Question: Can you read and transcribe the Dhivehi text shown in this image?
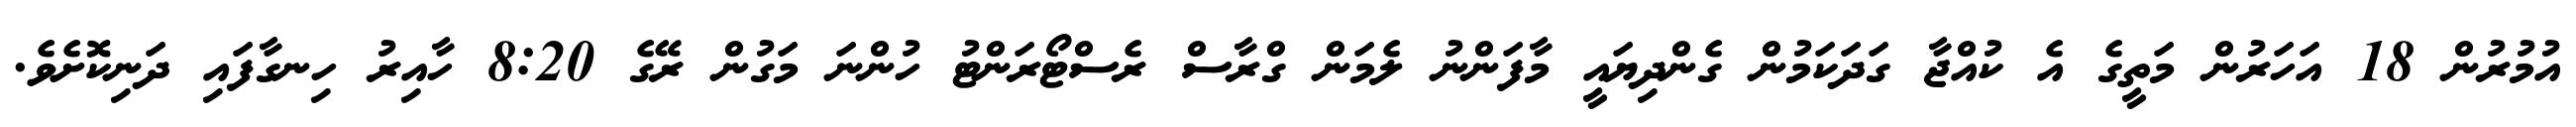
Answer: އުމުރުން 18 އަހަރުން މަތީގެ އެ ކުއްޖާ ގަދަކަމުން ގެންދިޔައީ މާފަންނު ލެމަން ގްރާސް ރެސްޓޯރަންޓު ހުންނަ މަގުން ރޭގެ 8:20 ހާއިރު ހިނގާފައި ދަނިކޮށެވެ.